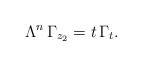
LaTeX: \begin{align*}\Lambda^n\,\Gamma_{z_2}=t\,\Gamma_t.\end{align*}